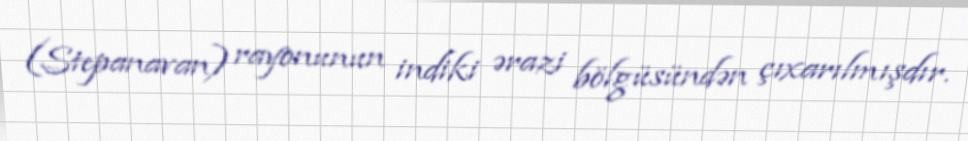
(Stepanavan) rayonunun indiki ərazi bölgüsündən çıxarılmışdır.